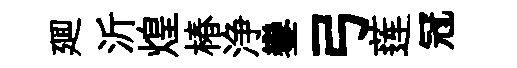
廽沂煌椿浄鑾弓莲冠